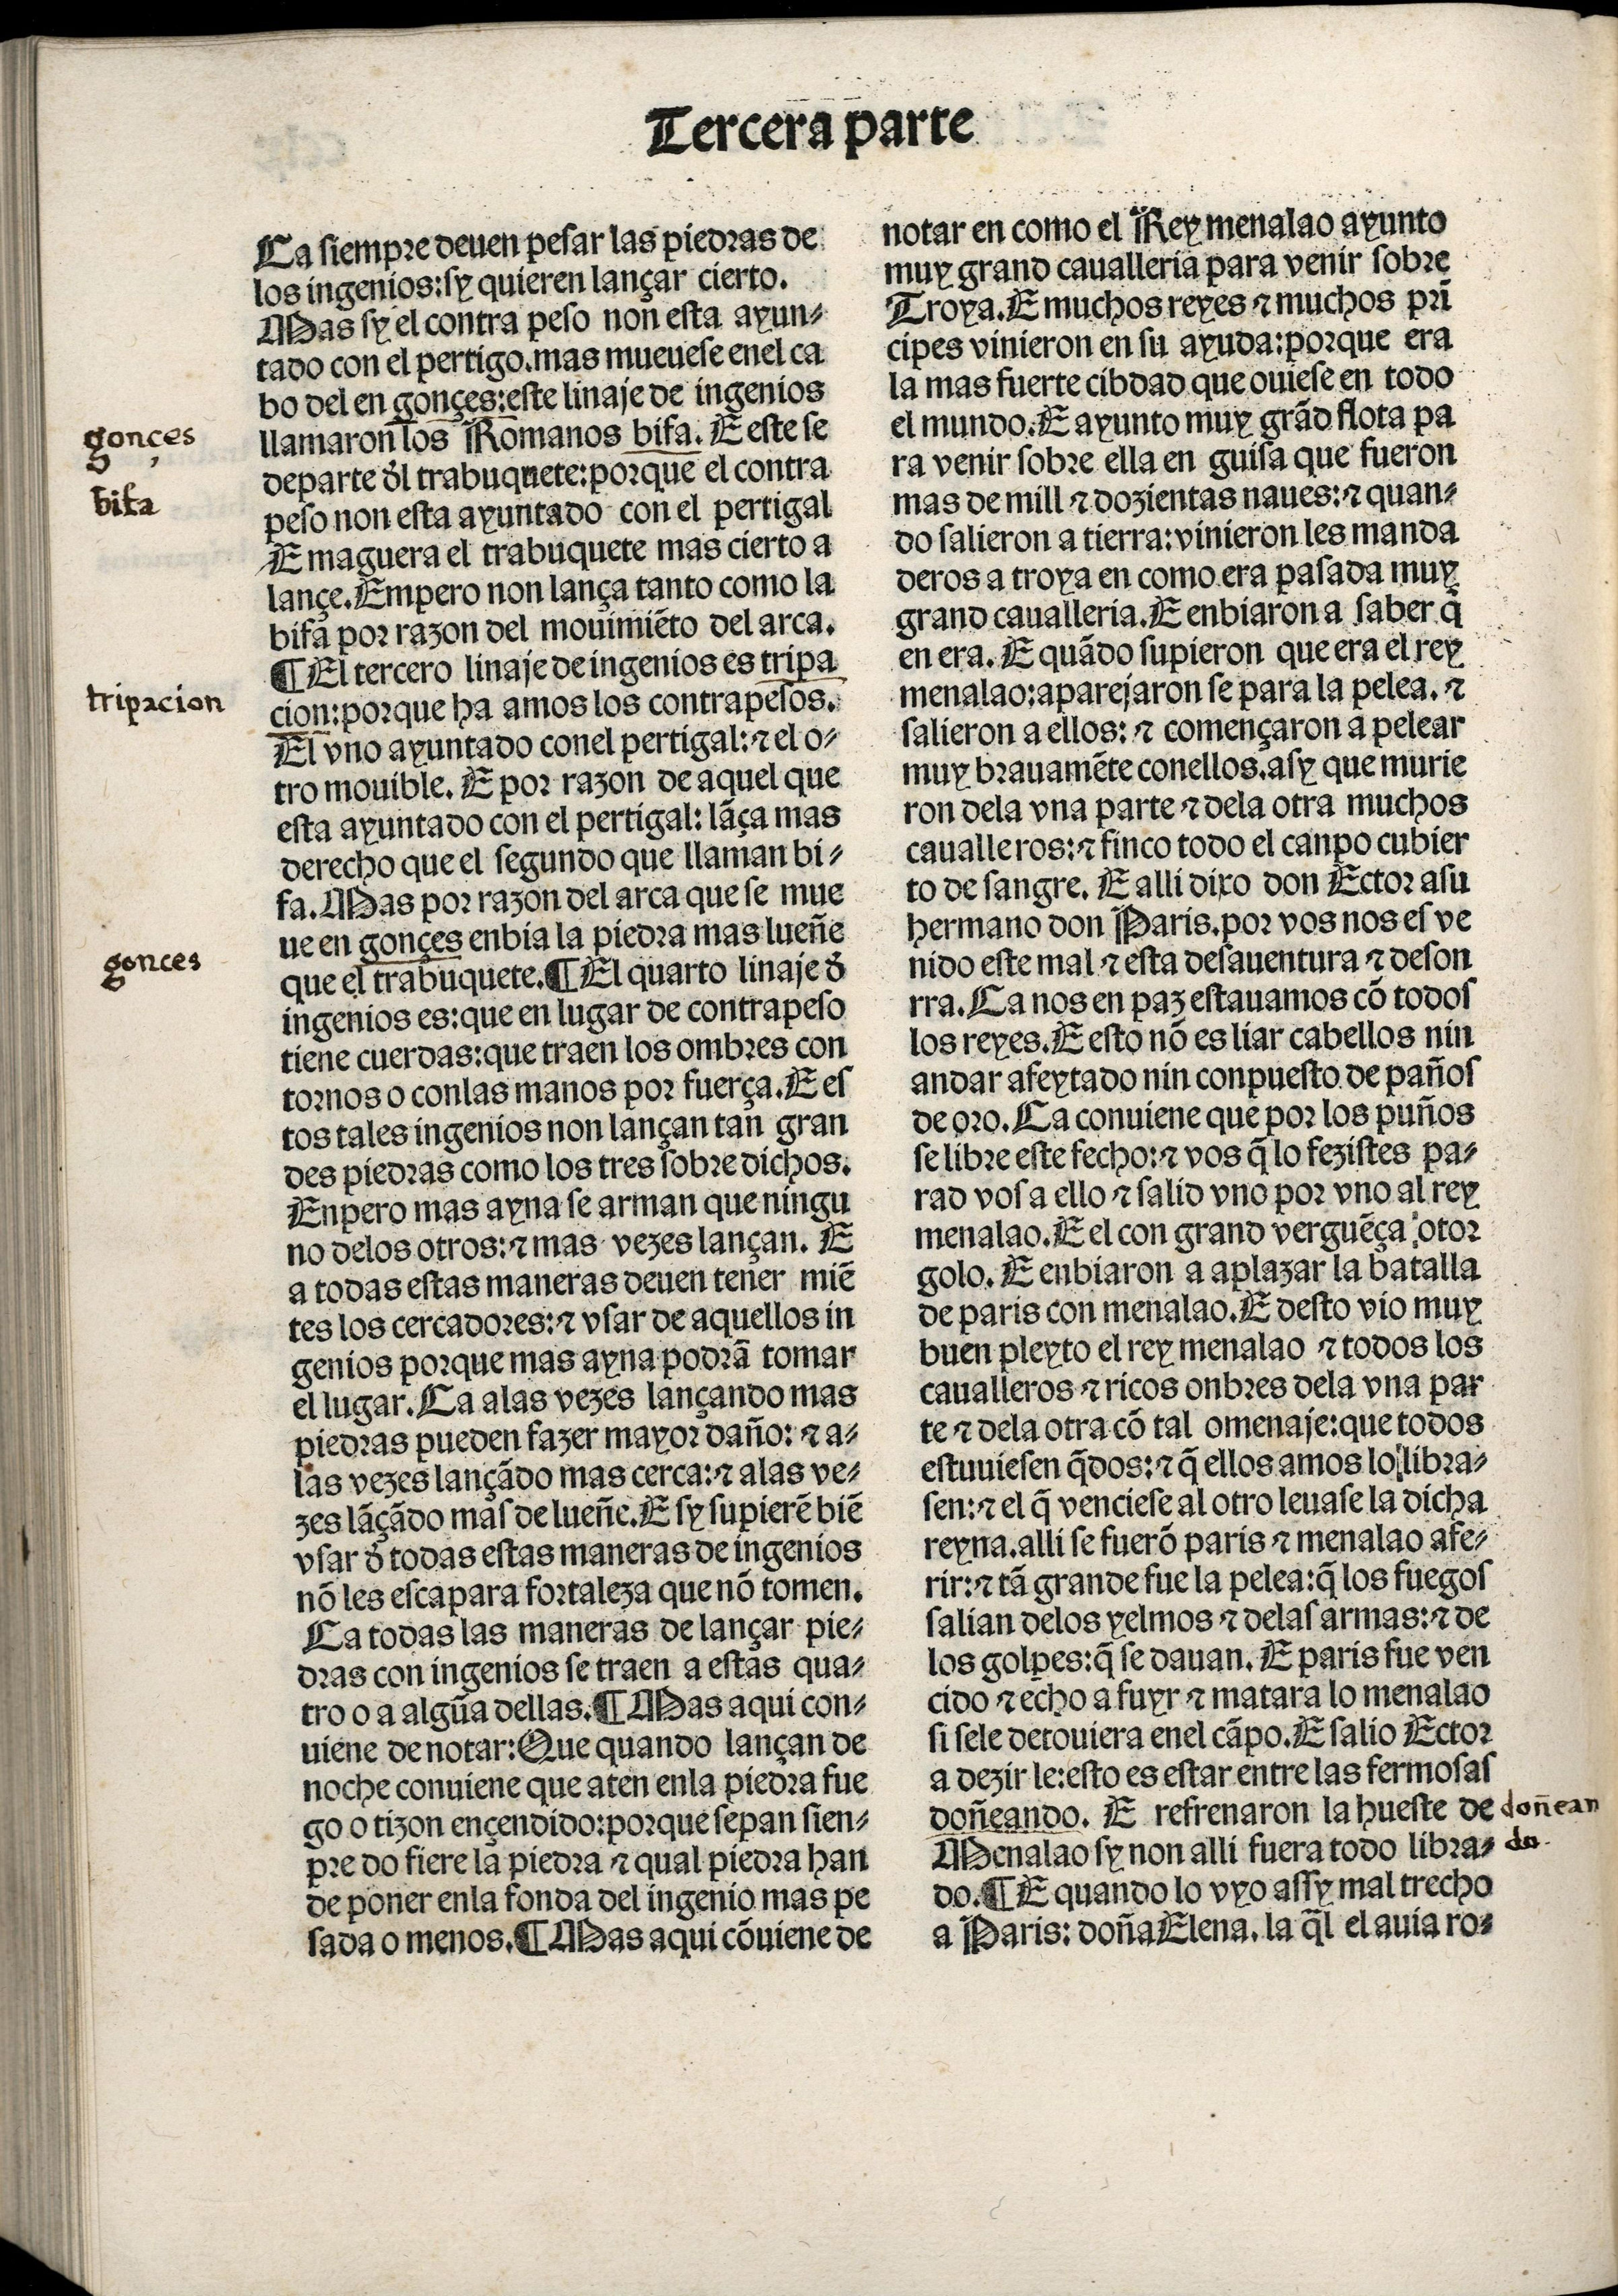
Shelfmark: Madrid, BNE, Inc. 901
Century: 15